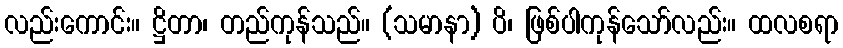
လည်းကောင်း။ ဋ္ဌိတာ၊ တည်ကုန်သည်။ (သမာနာ) ပိ၊ ဖြစ်ပါကုန်သော်လည်း။ ထလစရာ